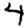
Digit: 4